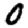
Digit: 0